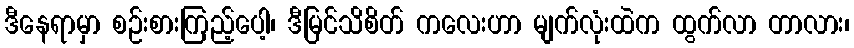
ဒီနေရာမှာ စဉ်းစားကြည့်ပေါ့၊ ဒီမြင်သိစိတ် ကလေးဟာ မျက်လုံးထဲက ထွက်လာ တာလား၊